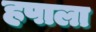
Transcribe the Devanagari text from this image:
हपाला